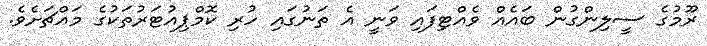
ރޫމުގެ ސީލިންގުން ބައެއް ވެއްޓިފައި ވަނީ އެ ތަނުގައި ހުރި ކޮމްޕިއުޓަރުތަކުގެ މައްޗަށެވެ.